Indian Civil Veterinary Department memoirs
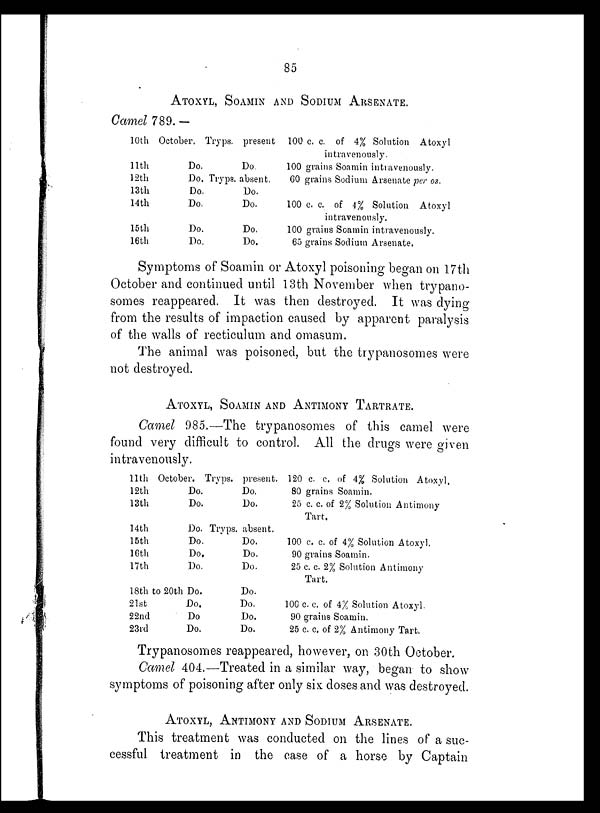
85
ATOXYL, SOAMIN AND SODIUM ARSENATE.
Camel 789.—
10th October.
11th
Do.
12th
Do.
13th
Do.
14th
Do.
15th
Do.
16th
Do.
Tryps. present
Do.
Tryps. absent.
Do.
Do.
Do.
Do.
100 c. c. of 4% Solution Atoxyl
intravenously.
100 grains Soamin intravenously.
60 grains Sodium Arsenate per os.
100 c. c. of 4% Solution Atoxyl
intravenously.
100 grains Soamin intravenously.
65 grains Sodium Arsenate.
Symptoms of Soamin or Atoxyl poisoning began on 17th
October and continued until 13th November when trypano-
somes reappeared. It was then destroyed. It was dying
from the results of impaction caused by apparent paralysis
of the walls of recticulum and omasum.
The animal was poisoned, but the trypanosomes were
not destroyed.
ATOXYL, SOAMIN AND ANTIMONY TARTRATE.
Camel 985.—The trypanosomes of this camel were
found very difficult to control. All the drugs were given
intravenously.
11th October.
12th
Do.
13th
Do.
14th
Do.
15th
Do.
16th
Do.
17th
Do.
18th to 20th Do.
21st
Do.
22nd
Do
23rd
Do.
Tryps. present.
Do.
Do.
Tryps. absent.
Do.
Do.
Do.
Do.
Do.
Do.
Do.
120 c. c. of 4% Solution Atoxyl.
80 grains Soamin.
25 c. c. of 2% Solution Antimony
Tart.
100 c. c. of 4% Solution Atoxyl.
90 grains Soamin.
25 c. c. 2% Solution Antimony
Tart.
100 c. c. of 4% Solution Atoxyl.
90 grains Soamin.
25 c. c. of 2% Antimony Tart.
Trypanosomes reappeared, however, on 30th October.
Camel 404.—Treated in a similar way, began to show
symptoms of poisoning after only six doses and was destroyed.
ATOXYL, ANTIMONY AND SODIUM ARSENATE.
This treatment was conducted on the lines of a suc-
cessful treatment in the case of a horse by Captain